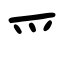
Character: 爫